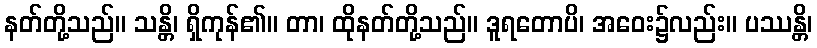
နတ်တို့သည်။ သန္တိ၊ ရှိကုန်၏။ တာ၊ ထိုနတ်တို့သည်။ ဒူရတောပိ၊ အဝေး၌လည်း။ ပဿန္တိ၊